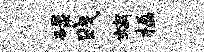
碌贱螭楹